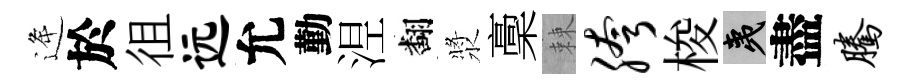
逄於徂远允勤𣵀翻漿稾棘胯梭夷盡腾